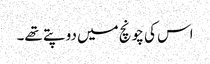
اس کی چونچ میں دو پتے تھے۔